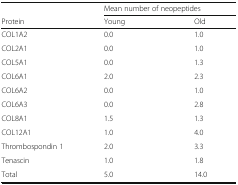
<table><thead><tr><td>[EMPTY_CELL]</td><td colspan="2"><b>Mean number of neopeptides</b></td></tr><tr><td><b>Protein</b></td><td><b>Young</b></td><td><b>Old</b></td></tr></thead><tbody><tr><td>COL1A2</td><td>0.0</td><td>1.0</td></tr><tr><td>COL2A1</td><td>0.0</td><td>1.0</td></tr><tr><td>COL5A1</td><td>0.0</td><td>1.3</td></tr><tr><td>COL6A1</td><td>2.0</td><td>2.3</td></tr><tr><td>COL6A2</td><td>0.0</td><td>1.0</td></tr><tr><td>COL6A3</td><td>0.0</td><td>2.8</td></tr><tr><td>COL8A1</td><td>1.5</td><td>1.3</td></tr><tr><td>COL12A1</td><td>1.0</td><td>4.0</td></tr><tr><td>Thrombospondin 1</td><td>2.0</td><td>3.3</td></tr><tr><td>Tenascin</td><td>1.0</td><td>1.8</td></tr><tr><td>Total</td><td>5.0</td><td>14.0</td></tr></tbody></table>